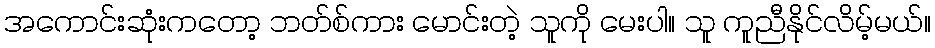
အကောင်းဆုံးကတော့ ဘတ်စ်ကား မောင်းတဲ့ သူကို မေးပါ။ သူ ကူညီနိုင်လိမ့်မယ်။